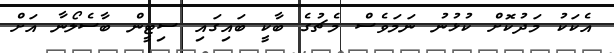
އެކަކު މަދުކޮށް ކުޅުނު ނަމަވެސް މެޗުގެ ބާކީ ބައިގައި ސިޓީން ބާސެލޯނާ އަށް